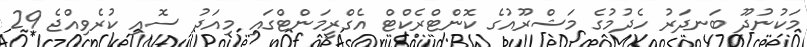
މަކުނުދޫ ބަނދަރު ހެދުމުގެ މަޝްރޫއުގެ ކޮންޓްރެކްޓް އެގްރީމަންޓްގައި މިއަދު ސޮއި ކުރެވިއްޖެ 29